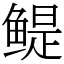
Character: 鳀